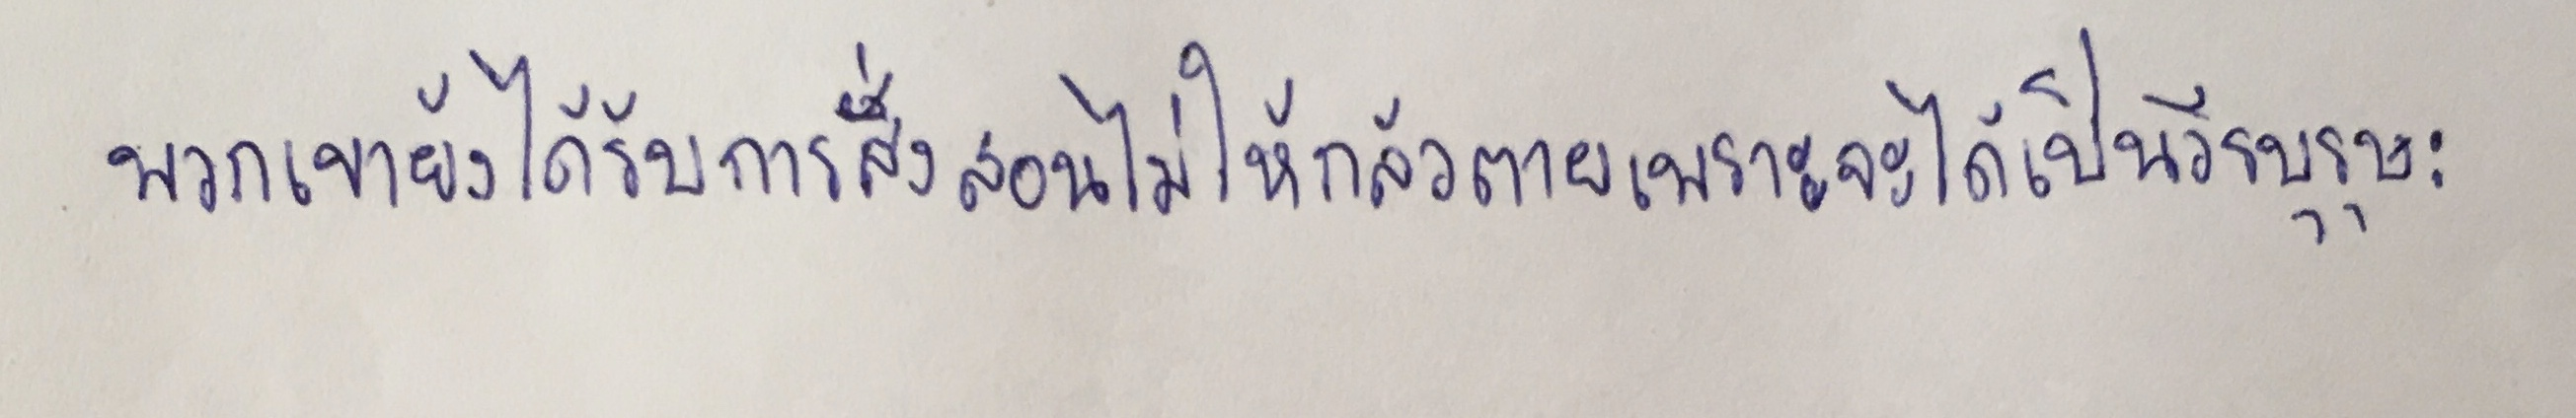
พวกเขายังได้รับการสั่งสอนไม่ให้กลัวตายเพราะจะได้เป็นวีรบุรุษ: